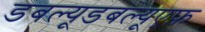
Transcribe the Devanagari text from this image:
डबल्यूडबल्यूएफ़